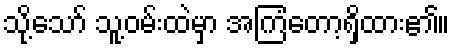
သို့သော် သူ့ဝမ်းထဲမှာ အကြံတော့ရှိထား၏။